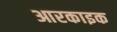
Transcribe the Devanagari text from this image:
आरकाइक